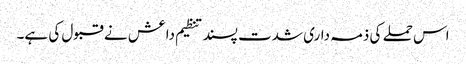
اس حملے کی ذمہ داری شدت پسند تنظیم داعش نے قبول کی ہے۔